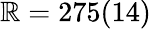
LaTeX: \mathbb{R}=275(14)